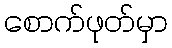
စောက်ဖုတ်မှာ